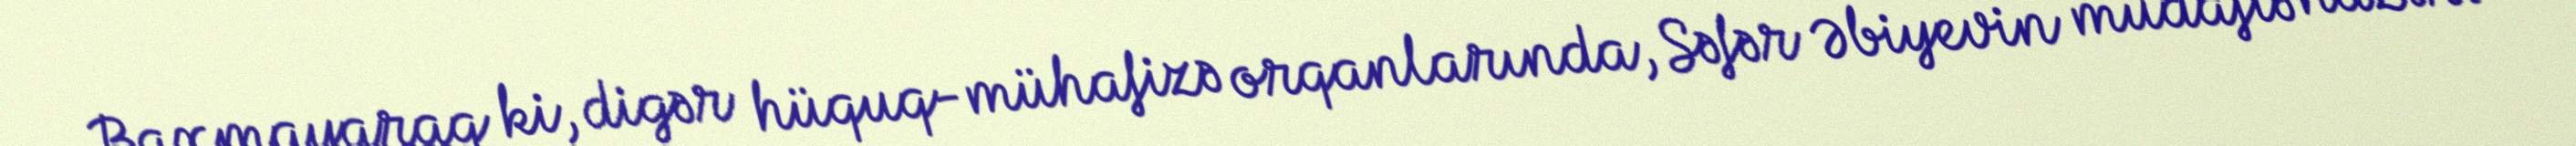
Baxmayaraq ki, digər hüquq-mühafizə orqanlarında, Səfər Əbiyevin müdafiə naziri